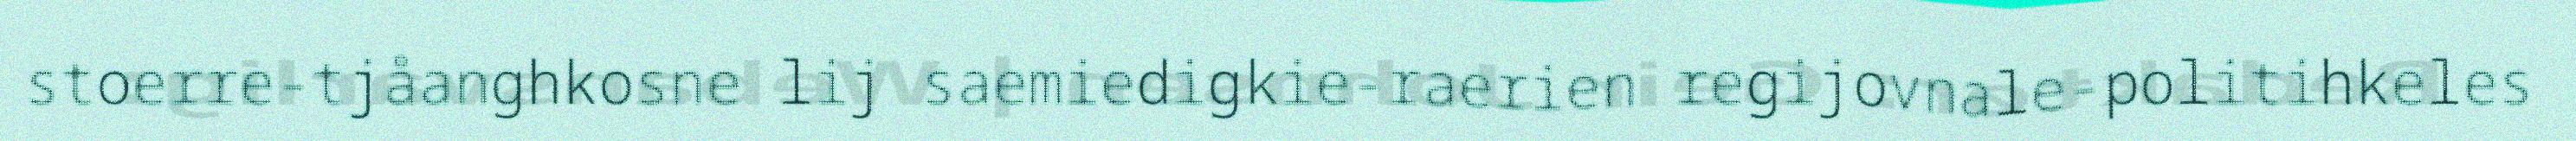
stoerre-tjåanghkosne lij saemiedigkie-raerien regijovnale-politihkeles